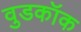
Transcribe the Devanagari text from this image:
वुडकॉक